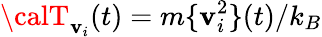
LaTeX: {\calT}_{\mathbf{v}_{i}}(t)=m\{ \mathbf{v}_{i}^{2}\} (t)/k_{B}